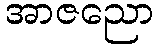
အာဇညော